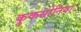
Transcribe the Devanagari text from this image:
कुकसोनिया